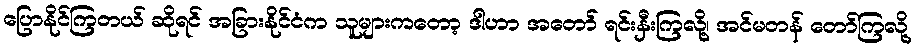
ပြောနိုင်ကြတယ် ဆိုရင် အခြားနိုင်ငံက သူများကတော့ ဒါဟာ အတော် ရင်းနှီးကြလို့၊ အင်မတန် တော်ကြလို့